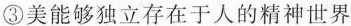
③美能够独立存在于人的精神世界